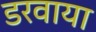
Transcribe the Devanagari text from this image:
डरवाया